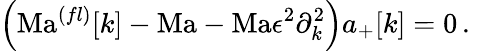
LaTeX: \left(\mathrm{Ma}^{(fl)}[k]-\mathrm{Ma}-\mathrm{Ma}\epsilon^{2}\partial_{k}^{2}\right){a_{+}[k]}=0\, .\